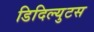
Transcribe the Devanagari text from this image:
डिदिल्युटस